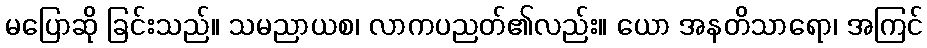
မပြောဆို ခြင်းသည်။ သမညာယစ၊ လာကပညတ်၏လည်း။ ယော အနတိသာရော၊ အကြင်